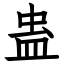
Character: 蛊